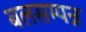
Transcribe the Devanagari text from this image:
बलसम्पन्न